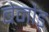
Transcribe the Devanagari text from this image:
बेनौड़